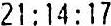
21:14:17